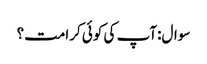
سوال:آپ کی کوئی کرامت؟